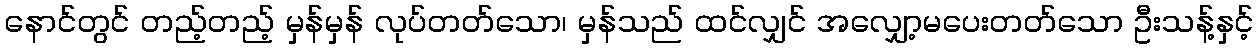
နောင်တွင် တည့်တည့် မှန်မှန် လုပ်တတ်သော၊ မှန်သည် ထင်လျှင် အလျှော့မပေးတတ်သော ဦးသန့်နှင့်